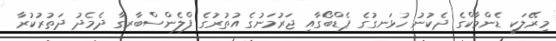
މިރޭލަކީ ޑެންމާކްގެ ދެކުނު ހުޅަނގުގެ ޕެޑްބޯގާއި ޖަރުމަނުގެ އުތުރުގެ ފްލެންސްބާރގާ ދެމެދު ދަތުރުކުރާ